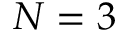
N = 3